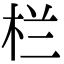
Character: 栏